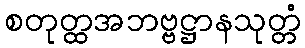
စတုတ္ထအဘဗ္ဗဋ္ဌာနသုတ္တံ